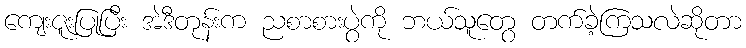
ကျေးဇူးပြုပြီး အဲဒီတုန်းက ညစာစားပွဲကို ဘယ်သူတွေ တက်ခဲ့ကြသလဲဆိုတာ